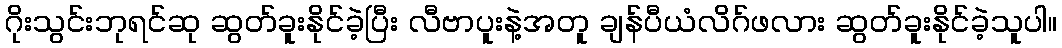
ဂိုးသွင်းဘုရင်ဆု ဆွတ်ခူးနိုင်ခဲ့ပြီး လီဗာပူးနဲ့အတူ ချန်ပီယံလိဂ်ဖလား ဆွတ်ခူးနိုင်ခဲ့သူပါ။